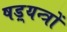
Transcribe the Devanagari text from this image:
षड़्यन्त्रों